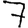
Digit: 7